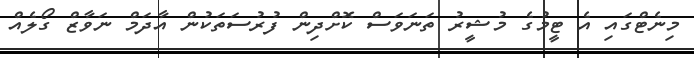
މިނެޓްގައި އެ ޓީމުގެ މުޝީރު ތަނަވަސް ކޮށްދިން ފުރުސަތަކުން އާދަމް ނަވާޒް ގޯލެއް